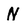
Character: N